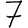
Digit: 7